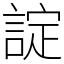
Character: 諚